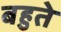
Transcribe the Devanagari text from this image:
बहुते